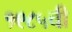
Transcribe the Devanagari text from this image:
१९८५ची